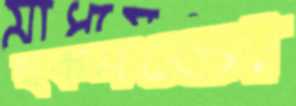
ছকমতো